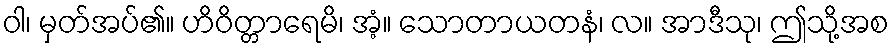
ဝါ၊ မှတ်အပ်၏။ ဟိဝိတ္တာရေမိ၊ အံ့။ သောတာယတနံ၊ လ။ အာဒီသု၊ ဤသို့အစ